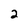
Character: 2